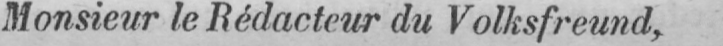
Monsieur le Rédacteur du Volksfreund,